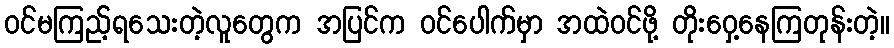
ဝင်မကြည့်ရသေးတဲ့လူတွေက အပြင်က ဝင်ပေါက်မှာ အထဲဝင်ဖို့ တိုးဝှေ့နေကြတုန်းတဲ့။